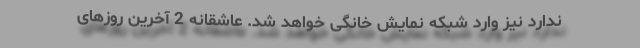
ندارد نیز وارد شبکه نمایش خانگی خواهد شد. عاشقانه 2 آخرین روزهای